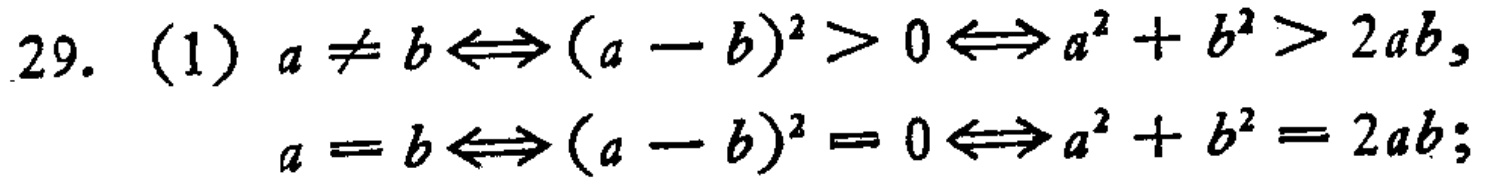
29. (1) \(a\neq b\Leftrightarrow (a - b)^2>0\Leftrightarrow a^{2}+b^{2}>2ab\)，
\(a = b\Leftrightarrow (a - b)^2 = 0\Leftrightarrow a^{2}+b^{2}=2ab\)；